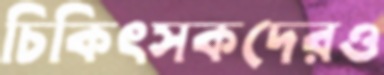
চিকিৎসকদেরও